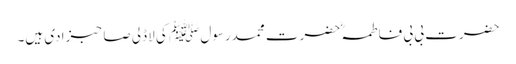
حضرت بی بی فاطمہؓ حضرت محمدرسول ﷺ کی لاڈلی صاحبزادی ہیں۔